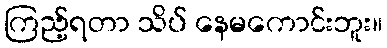
ကြည့်ရတာ သိပ် နေမကောင်းဘူး။